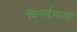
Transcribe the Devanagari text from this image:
चिनाईवालीं